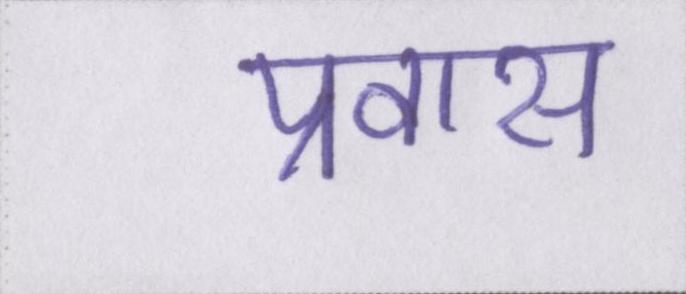
प्रवास